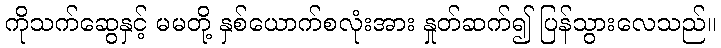
ကိုသက်ဆွေနှင့် မမတို့ နှစ်ယောက်စလုံးအား နှုတ်ဆက်၍ ပြန်သွားလေသည်။